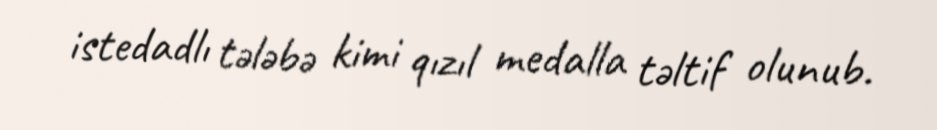
istedadlı tələbə kimi qızıl medalla təltif olunub.